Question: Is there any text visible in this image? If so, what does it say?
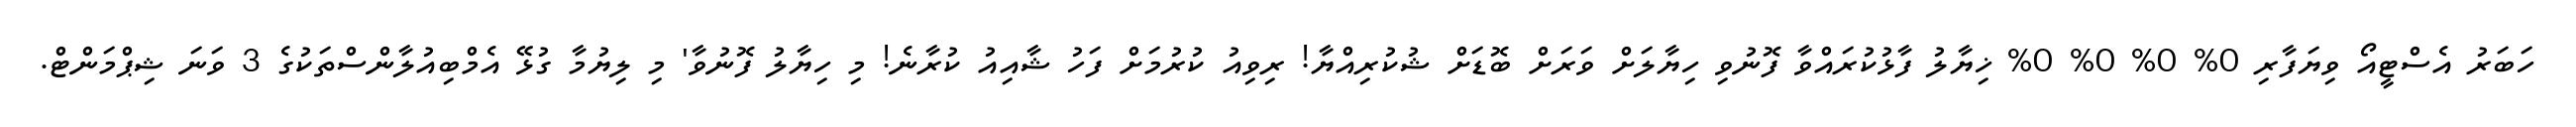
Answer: ހަބަރު އެސްޓީއޯ ވިޔަފާރި 0% 0% 0% 0% ޚިޔާލު ފާޅުކުރައްވާ ފޮނުވި ހިޔާލަށް ވަރަށް ބޮޑަށް ޝުކުރިއްޔާ! ރިވިއު ކުރުމަށް ފަހު ޝާއިއު ކުރާނެ! މި ހިޔާލު ފޮނުވާ' މި ލިޔުމާ ގުޅޭ އެމްބިއުލާންސްތަކުގެ 3 ވަނަ ޝިޕްމަންޓް.